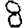
Digit: 8